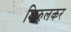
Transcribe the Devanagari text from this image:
किरुलकर